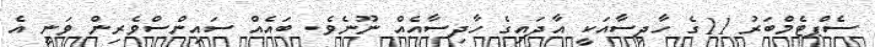
ސެޕްޓެމްބަރު 11ގެ ހާދިސާއަކީ އާދައިގެ ހާދިސާއެއް ނޫނެވެ. ބައެއް ސައިންސްވެރިން ވަނީ އެ